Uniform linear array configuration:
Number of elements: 4
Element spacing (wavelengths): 0.25
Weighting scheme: binomial
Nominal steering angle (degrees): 15
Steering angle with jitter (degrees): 13.394
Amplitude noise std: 0.05
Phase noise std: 0.05

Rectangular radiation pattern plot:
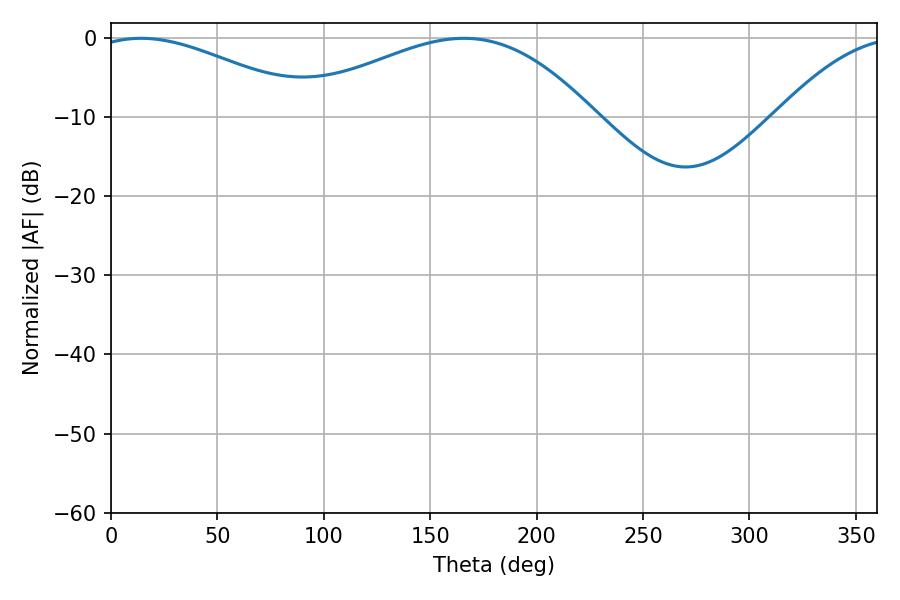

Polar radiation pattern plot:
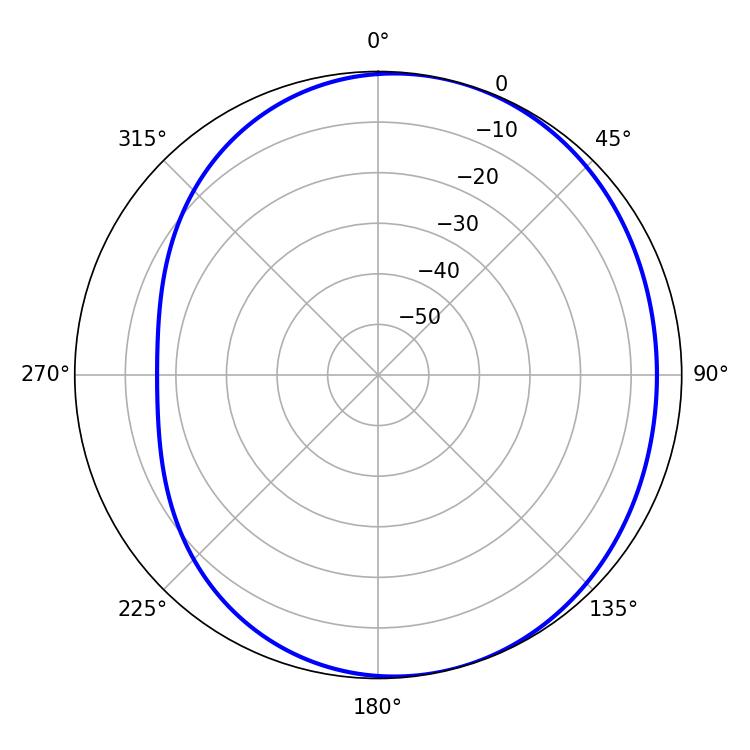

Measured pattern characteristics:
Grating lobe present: FALSE
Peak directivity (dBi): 3.854
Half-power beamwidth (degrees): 57.42
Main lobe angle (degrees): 14.04